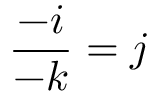
{ \frac { - i } { - k } } = j